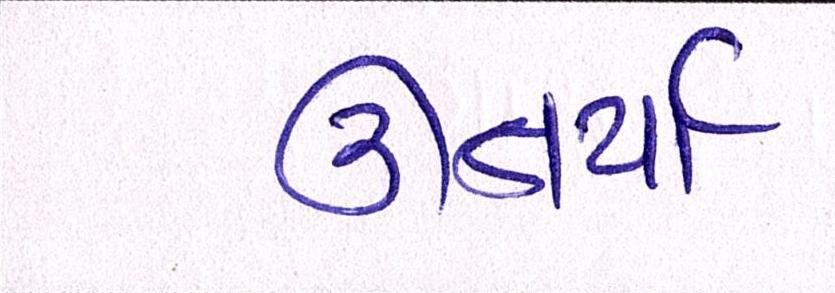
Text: ઊતર્યાં